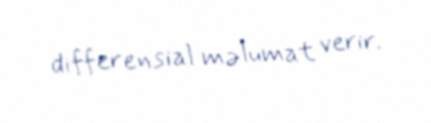
differensial məlumat verir.